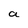
Character: a